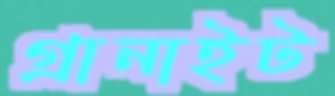
গ্রানাইট